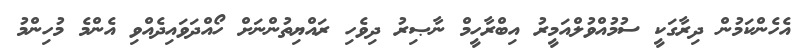
އެހެންކަމުން ދިރާގަކީ ސުމުއްވުލްއަމީރު އިބްރާހީމް ނާޞިރު ދިވެހި ރައްޔިތުންނަށް ހޯއްދަވައިދެއްވި އެންމެ މުހިންމު